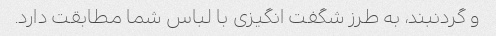
و گردنبند، به طرز شگفت انگیزی با لباس شما مطابقت دارد.